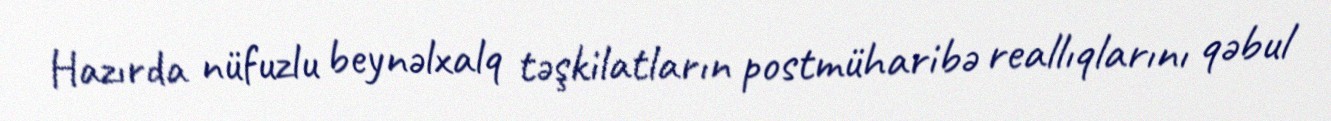
Hazırda nüfuzlu beynəlxalq təşkilatların postmüharibə reallıqlarını qəbul